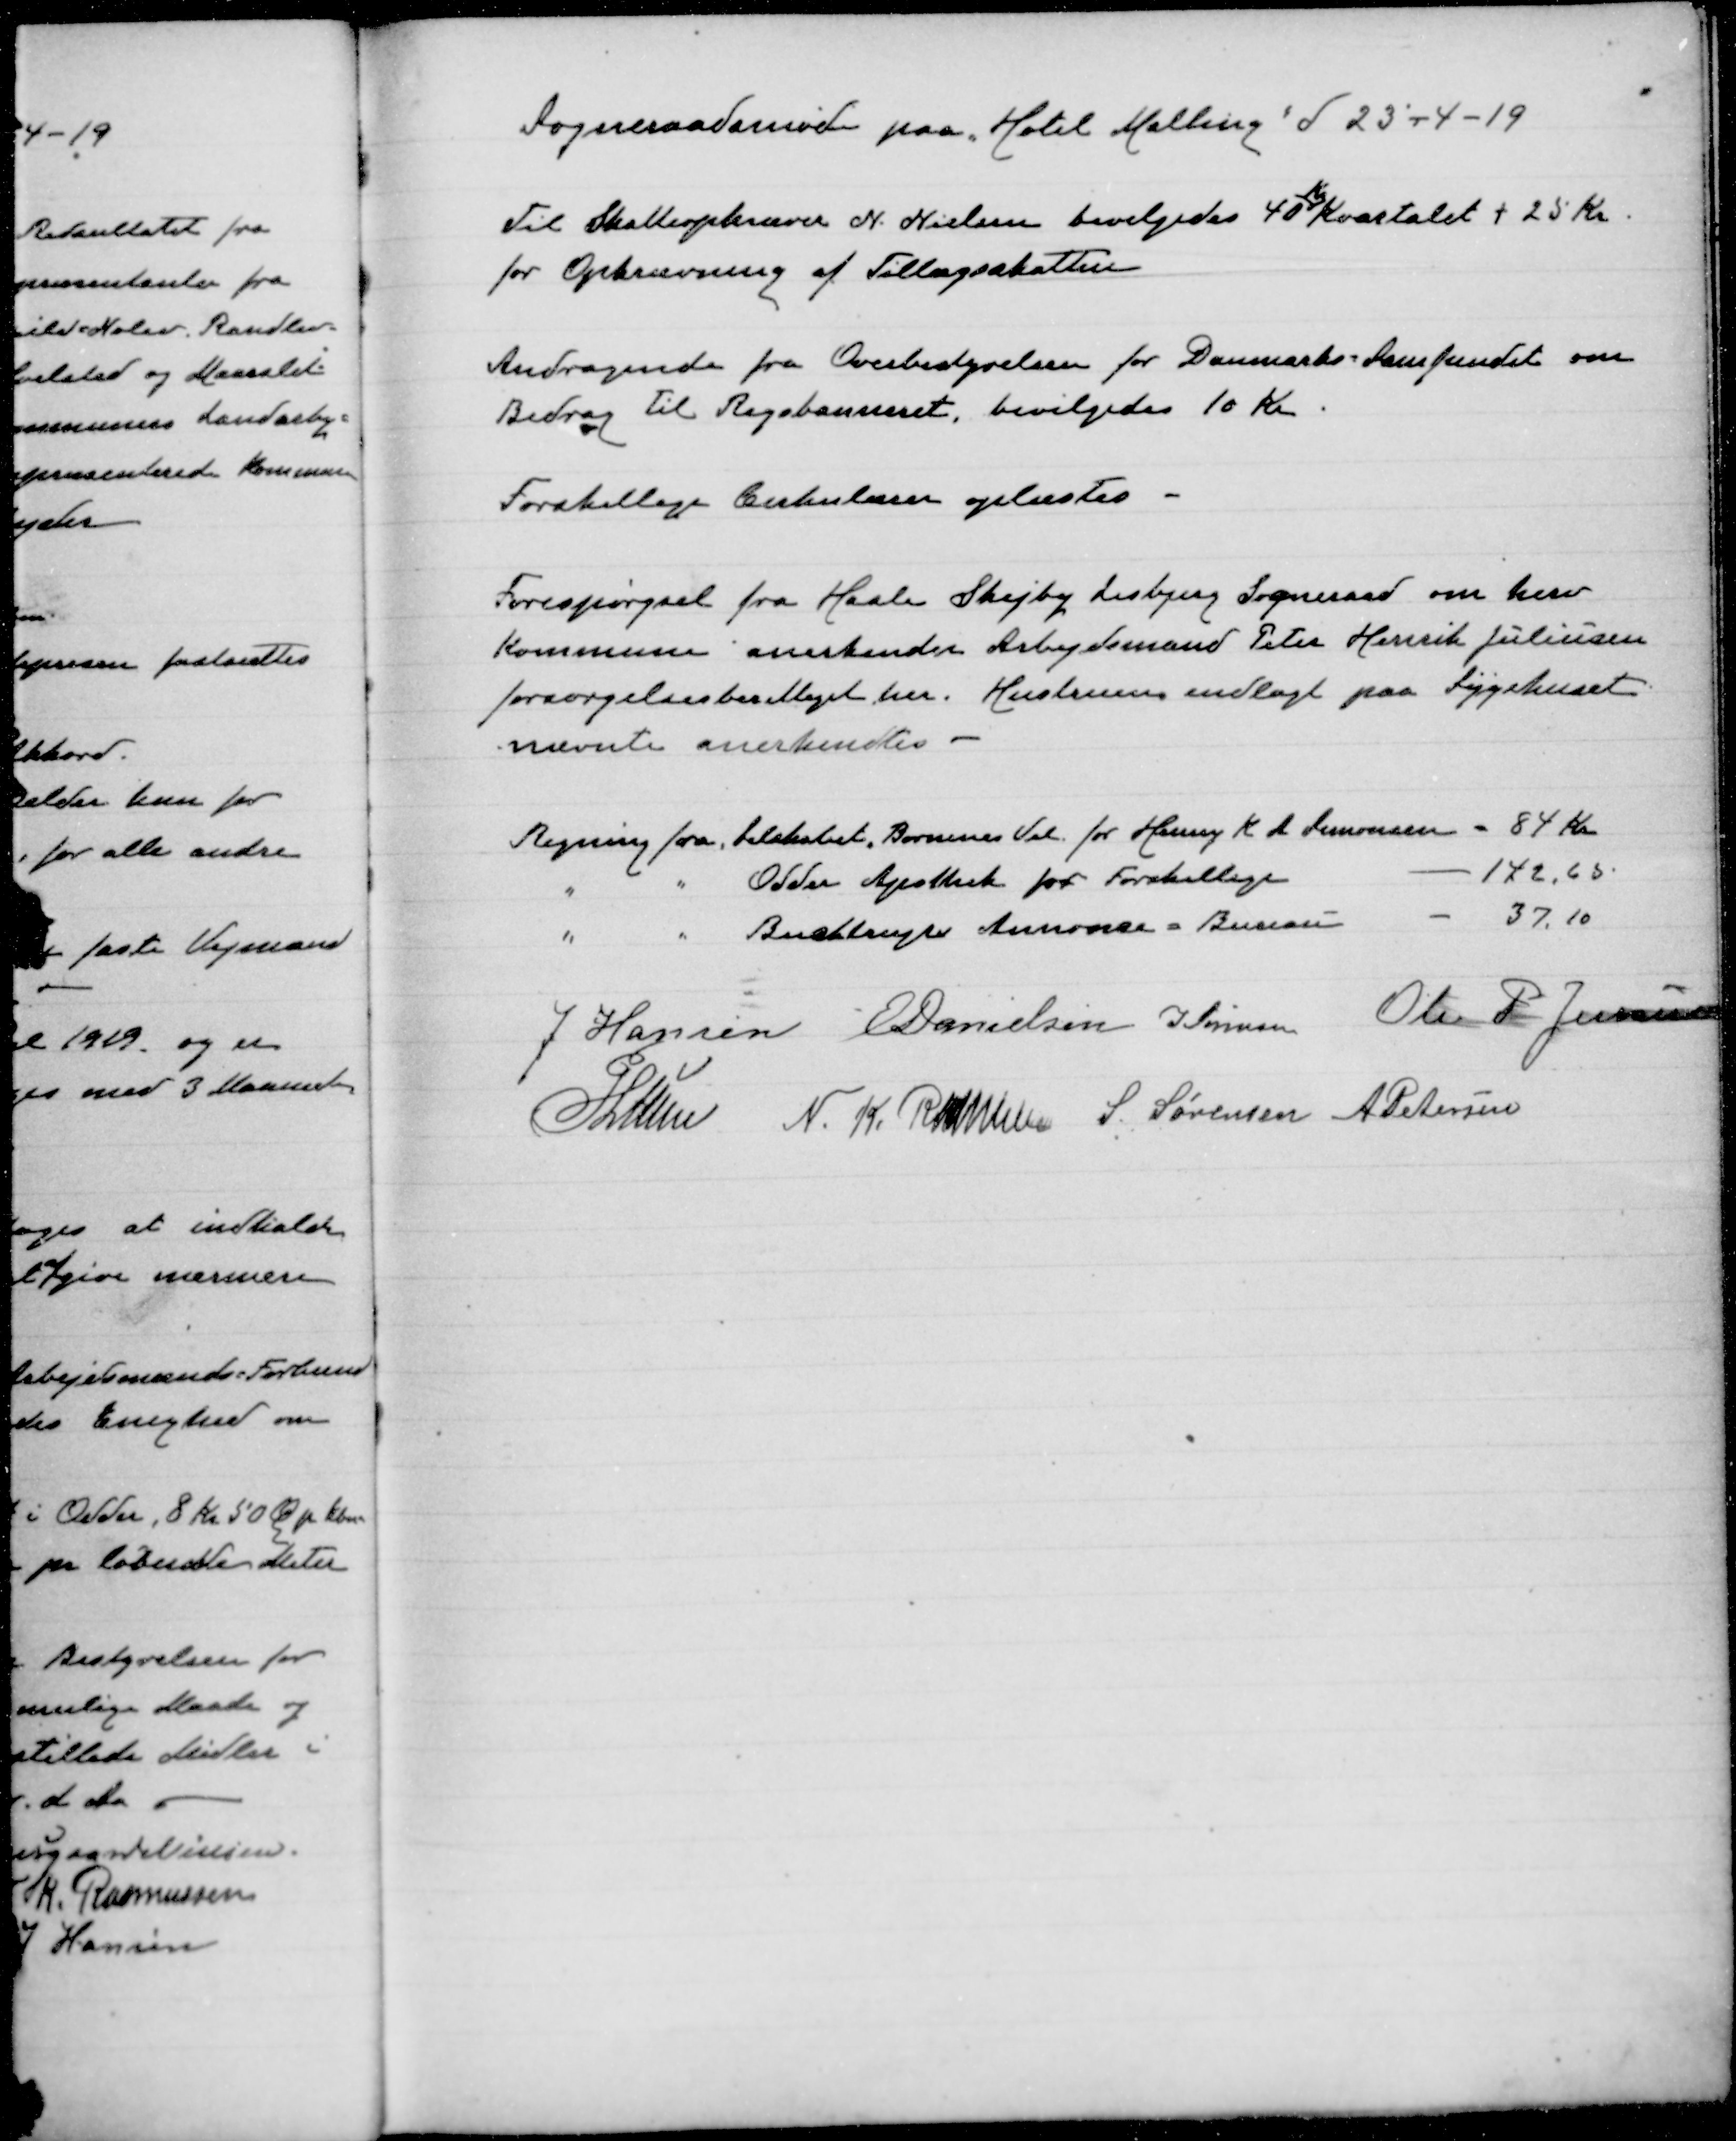
Transskription:
Sogneraadsmøde paa Hotel Malling d. 23-4-19

Til Skatteopkræver N. Nielsen bevilgedes 40
Kr
Kvartalet + 25 Kr
for Opkrævning af Tillægsskatter

Andragende fra Overbestyrelsen for Danmarks-samfundet om
Bidrag til Rigsbanneret, bevilgedes 10 Kr.

Forskellige Cirkulærer oplæstes

Forespørgsel fra Hasle Skejby Lisbjerg Sogneraad om herv
kommune anerkender Arbejdsmand Peter Henrik Juliusen
forsørgelsesberettiget her. Hustruen indlagt paa Sygehuset
nævnte anerkendtes

Regning fra Selskabet Børnenes Vel for Henny K S Simonsen = 84 Kr
"
"
Odder Apothek for Forskellige
142,65
"
" Buchtrups Annonce=Bureau
37.10

J Hansen
E Danielsen
J Sørensen
Ole P Jensen
P Lunn
N.K. Rasmussen
S. Sørensen
A Petersen